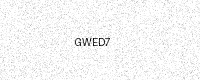
Text: GWED7